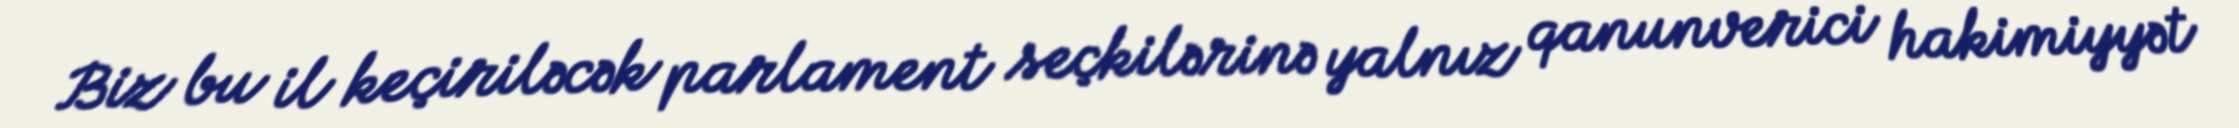
Biz bu il keçiriləcək parlament seçkilərinə yalnız qanunverici hakimiyyət